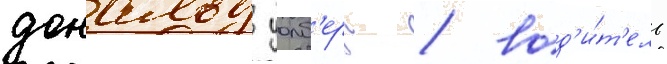
дональд уолб'ерг / вод'и́т'ель